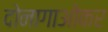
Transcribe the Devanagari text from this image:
दोनागाओकर